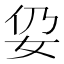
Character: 𱙉